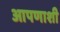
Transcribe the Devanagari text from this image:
आपणाशी